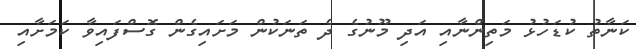
ކަނާތު ކުޑަހުޅު މަތިންނާއި އަދި މޫނުގެ ދެ ތަނަކުން މަށައިގެން ގޮސްފައިވާ ކަމަށާއި